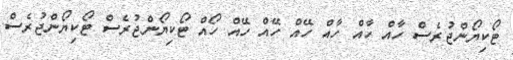
ޓޯކިޔޯންޖުރެސް ހާއް ހާއް ހާއް ހޭއް ހޭއް ހޭއް ހޯއް ޓޯކިޔޯންޖުރެސް ޓޯކިޔޯންޖުރެސް